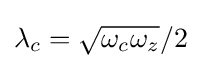
\lambda _{c}={\sqrt {\omega _{c}\omega _{z}}}/2